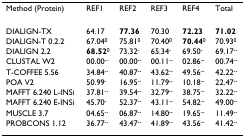
| Method (Protein) | REF1 | REF2 | REF3 | REF4 | Total |
 | --- | --- | --- | --- | --- | --- |
 | DIALIGN-TX | 64.17 | 77.36 | 70.30 | 72.23 | 71.02 |
 | DIALIGN-T 0.2.2 | 67.040 | 75.810 | 70.400 | 70.440 | 70.930 |
 | DIALIGN 2.2 | 68.520 | 73.32- | 65.34- | 69.50- | 69.17-- |
 | CLUSTAL W2 | 00.00-- | 00.00-- | 00.11-- | 02.86-- | 00.74-- |
 | T-COFFEE 5.56 | 34.84-- | 40.87-- | 43.62-- | 49.56-- | 42.22-- |
 | POA V2 | 50.99- | 16.95-- | 11.79-- | 10.18-- | 22.47-- |
 | MAFFT 6.240 L-INSi | 37.81-- | 39.54-- | 32.79-- | 38.75-- | 32.22-- |
 | MAFFT 6.240 E-INSi | 45.70- | 52.37-- | 43.11-- | 54.82-- | 49.00-- |
 | MUSCLE 3.7 | 04.65-- | 06.87-- | 14.80-- | 19.65-- | 11.49-- |
 | PROBCONS 1.12 | 36.77-- | 43.47-- | 41.89-- | 43.56-- | 41.42-- |